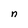
Character: n